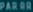
PARRR